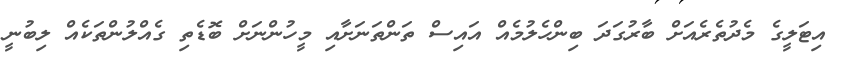
އިޓަލީގެ މެދުތެރެއަށް ބާރުގަދަ ބިންހެލުމެއް އައިސް ތަންތަނަށާއި މީހުންނަށް ބޮޑެތި ގެއްލުންތަކެއް ލިބުނީ